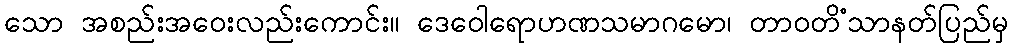
သော အစည်းအဝေးလည်းကောင်း။ ဒေဝေါရောဟဏသမာဂမော၊ တာဝတိံသာနတ်ပြည်မှ